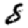
Digit: 8